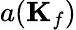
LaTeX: a(\mathbf{K}_{f})